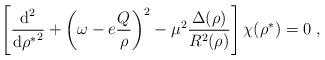
LaTeX: \begin{align*}\left[ \frac{\mbox{d}^2}{{\mbox{d} {\rho}^*}^{2}} +\left( \omega - e \frac{Q}{\rho} \right)^{2} - \mu^2 \frac{\Delta(\rho)}{R^2(\rho)} \right] \chi ({\rho}^*) = 0 \; , \end{align*}